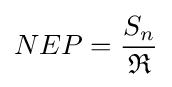
NEP={\frac {S_{n}}{\mathfrak {R}}}